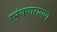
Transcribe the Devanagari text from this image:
ग्रंथपारायण